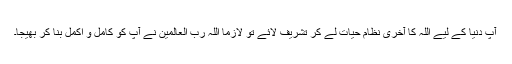
آپؐ دنیا کے لیے اللہ کا آخری نظام حیات لے کر تشریف لائے تو لازماً اللہ رب العالمین نے آپؐ کو کامل و اکمل بنا کر بھیجا۔